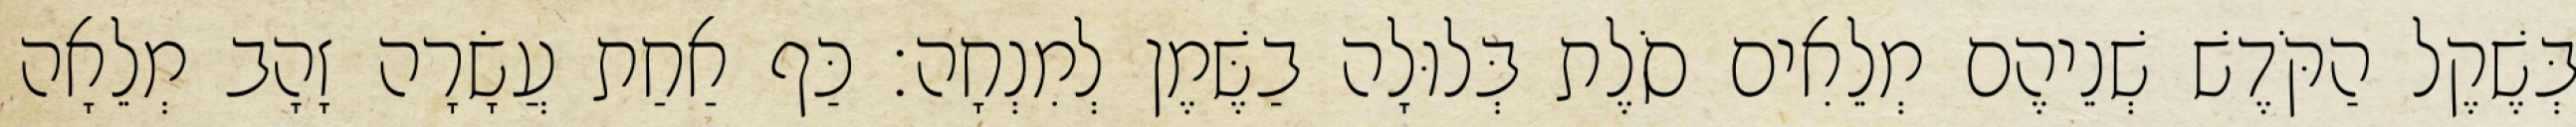
בְּשֶׁקֶל הַקֹּדֶשׁ שְׁנֵיהֶם מְלֵאִים סֹלֶת בְּלוּלָה בַשֶּׁמֶן לְמִנְחָה׃ כַּף אַחַת עֲשָׂרָה זָהָב מְלֵאָה